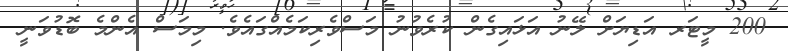
200 މީޓަރ އަޑިޔަށް ލޭނު އަޅައިގެން ކުރެވުނު މަސްވެރިކަމެއްގައެވެ. މިމަސް އެންމެ ބޮޑުވަނީ